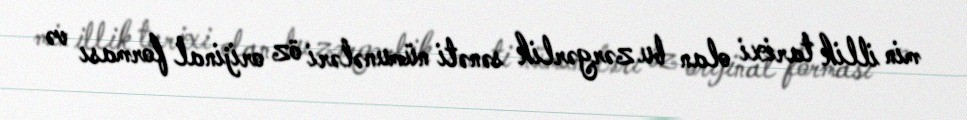
min illik tarixi olan bu zərgərlik sənəti nümunələri öz orijinal forması və